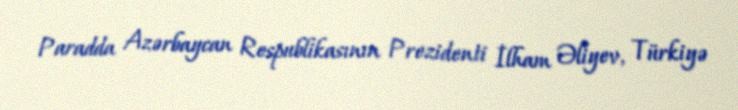
Paradda Azərbaycan Respublikasının Prezidenti İlham Əliyev, Türkiyə